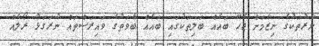
ނާރުތަކުގެ ނިޒާމަށް ޖެހޭ ބައެއް ބަލިތަކުގައި ބައެއް ބާވަތުގެ ވައިރަސްތައް ނުރަގަޅު ރޯލެއް